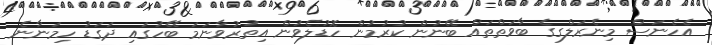
އެހެނަސް މިނެރަލްގގެ ބާވަތްތައް ބޭނުން ކުރުމުން ހޮޑުލެވުން އިތުރުވާނަމަ ބޭހުގައި ދަގަޑު ހިމަނާނެ